Annual statistical returns and brief notes on vaccination in Bengal - 1887-1898
Year: 1887
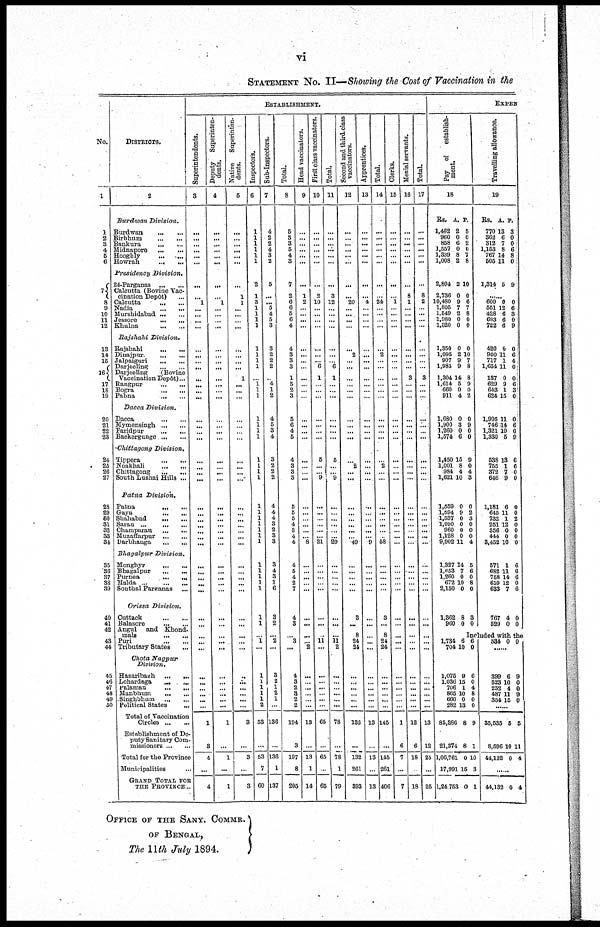
vi
STATEMENT NO. II—Showing the Cost of Vaccination in the
No.
1
1
2
3
4
5
6
7
8
9
10
11
12
13
14
15
16
17
18
19
20
21
22
23
24
25
26
27
28
29
30
31
32
33
34
35
36
37
38
39
40
41
42
43
44
45
46
47
48
49
50
DISTRICTS.
2
Burdwan
Division.
Burdwan
...
...
Birbhum
...
...
Bankura ... ...
Midnapore
...
...
Hoogbly
...
...
Howrah
...
...
Presidency
Division.
24-Parganas
...
...
Calcutta (Bovine Vac-
cination Depôt) ...
Calcutta
...
...
Nadia
...
...
Murshidabad
...
...
Jessore
...
...
Khulna
...
...
Rajshahi
Division.
Rajshahi
...
...
Dinajpur
...
...
Jalpaiguri
...
...
Darjeeling
...
...
Darjeeling
(Bovine
Vaccination Depôt)...
Rangpur
...
...
Bogra
...
...
Pabna
...
...
Dacca
Division.
Dacca
...
...
Mymensingh
...
...
Faridpur
...
...
Baokergunge ... ...
Chittagong
Division.
Tippora ... ...
Noakhali
...
...
Chittagong
...
...
South Lushai Hills ...
Patna
Division.
Patna
...
...
Gaya
...
...
Shahabad
...
...
Saran
...
...
Champuran
...
...
Muzaffarpur
...
...
Darbhanga ... ...
Bhagalpur
Division.
Monghyr
...
...
Bhagalpur ... ...
Purnea
...
...
Malda
...
...
Sonthal Parganas ...
Orissa
Division.
Cuttack
...
...
Balasore
...
...
Angul
and Khond-
mals
...
...
Puri
...
...
Tributary States ...
Chota
Nagpur
Division.
Hazaribagh
...
...
Lohardaga
...
...
Palamau
...
...
Manbhum
...
...
Singhbhum
...
...
Political States ...
Total of Vaccination
Circles
...
...
Establishment of De-
puty Sanitary Com-
missioners ... ...
Total for the Province
Municipalities ...
GRAND TOTAL FOR
THE PROVINCE...
ESTABLISHMENT.
Superintendents.
3
...
...
...
...
...
...
...
...
1
...
...
...
...
...
...
...
...
...
...
...
...
...
...
...
...
...
...
...
...
...
...
...
...
...
...
...
...
...
...
...
...
...
...
...
...
...
...
...
...
...
...
...
1
3
4
...
4
Deputy
Superinten-
dents.
4
...
...
...
...
...
...
...
...
1
...
...
...
...
...
...
...
...
...
...
...
...
...
...
...
...
...
...
...
...
...
...
...
...
...
...
...
...
...
...
...
...
...
...
...
...
...
...
...
...
...
...
...
1
...
1
...
1
Native
Superinten-
dents.
5
...
...
...
...
...
...
...
1
1
...
...
...
...
...
...
...
...
1
...
...
...
...
...
...
...
...
...
...
...
...
...
...
...
...
...
...
...
...
...
...
...
...
...
...
...
...
...
...
...
...
...
...
3
...
3
...
3
Inspectors.
6
...
...
...
...
...
...
2
1
3
1
1
1
1
1
1
1
1
...
1 1
1
1
1
1
1
1
1
1
1
1
1
1
1
1
1
1
1
1
1
1
1
1
1
...
1
...
...
...
...
...
...
2
53
...
53
7
60
Sub-Inspectors.
7
4
2
2
4
3
2
5
...
... 5
4
5
3
3
2
2
2
...
4
1
2
4
5
3
4
3
2
2
2
4
4
4
3
2
3
3
3
4
3
1
6
3
2
...
2
...
3
2
1
2
1
...
136
...
136
1
137
Total.
8
5
3
3
5
4
3
7
2
6
6
5
6
4
4
3
3
3
1
5
2
3
5
6
4
5
4
3
3
3
5
5
5
4
3
4
4
4
5
4
2
7
4
3
...
3
...
4
3
2
3
2
2
194
3
197
8
205
Head vaccinators.
9
...
...
...
...
...
...
...
1
2
...
...
...
...
...
...
...
...
...
...
...
...
...
...
...
...
...
...
...
...
...
...
...
...
...
...
8
...
...
...
...
...
...
...
...
...
2
...
...
...
...
...
...
13
...
13
1
14
First class vaccinators.
10
...
...
...
...
...
...
...
2
10
...
...
...
...
...
...
...
6
1
...
...
...
...
...
...
...
5
...
...
9
...
...
...
...
...
...
21
...
...
...
...
...
...
...
...
11
...
...
...
...
...
...
...
65
...
65
...
65
Total.
11
...
...
...
...
...
...
...
3
12
...
...
...
...
...
...
...
6
1
...
...
...
...
...
...
...
5
...
...
9
...
...
...
...
...
...
29
...
...
...
...
...
...
...
...
11 2
...
...
...
...
...
...
78
...
78
1
79
Second and third class
vaccinators.
12
...
...
...
...
...
...
...
...
20
...
...
...
...
...
2
...
...
...
...
...
...
...
...
...
...
...
2
...
...
...
...
...
...
...
...
49
...
...
...
...
...
3
...
8
24
24
...
...
...
...
...
...
132
...
132
261
393
Apprentices.
13
...
...
...
...
...
...
...
...
4
...
...
...
...
...
...
...
...
...
...
...
...
...
...
...
...
...
...
...
...
...
...
...
...
...
...
9
...
...
...
...
...
...
...
...
...
...
...
...
...
...
...
...
13
...
13
...
13
Total.
14
...
...
...
...
...
...
...
...
24
...
...
...
...
...
2
...
...
...
...
...
...
...
...
...
...
...
2
...
...
...
...
...
...
...
...
58
...
...
...
...
...
3
...
8
24
24
...
...
...
...
...
...
145
...
145
261
406
Clerks.
15
...
...
...
...
...
...
...
...
1
...
...
...
...
...
...
...
...
...
...
...
...
...
...
...
...
...
...
...
...
...
...
...
...
...
...
...
...
...
...
...
...
...
...
...
...
...
...
...
...
...
...
...
1
6
7
...
7
Menial servants.
16
...
...
...
...
...
...
...
8
1
...
...
...
...
...
...
...
...
3
...
...
...
...
...
...
...
...
...
...
...
...
...
...
...
...
...
...
...
...
...
...
...
...
...
...
...
...
...
...
...
...
...
...
12
6
18
...
18
Total.
17
...
...
...
...
...
...
...
8
2
...
...
...
...
...
...
...
...
3
...
...
...
...
...
...
...
...
...
...
...
...
...
...
...
...
...
...
...
...
...
...
...
...
...
...
...
...
...
...
...
...
...
...
13
12
25
...
25
EXPEN
Pay
of
establish-
ment.
18
Rs.
1,462
960
858
1,557
1,339
1,008
A.
2
0
6
0
8
2
P.
5
0
2
0
7
8
2,804
2,736
10,480
1,805
1,549
1,980
1,320
2
0
9
7
2
0
0
10
0
6
7
8
0
0
1,350
1,095
907
1,985
1,304
1,614
660
911
0
2
9
9
14
5
0
4
0
10
7
8
8
9
0
2
1,680
1,900
1,260
1,574
0
3
0
6
0
9
0
0
1,450
1,001
984
1,621
15
8
4
10
9
0
4
3
1,559
1,594
1,537
1,090
960
1,128
9,902
0
9
0
0
0
0
11
0
2
3
0
0
0
4
1,327
1,653
1,260
672
2,150
14
7
0
10
0
5
6
0
8
0
1,362
960
8
0
3
0
Travelling allowance.
19
Rs.
770
362
312
1,153
767
505
A.
13
6
7
8
14
11
P.
3
0
0
6
8
0
1,314 5 9
...
600
551
428
683
722
0
12
6
6
6
0
6
3
0
9
420
900
717
1,654
137
629
643
624
0
11
1
11
0
9
1
15
0
6
4
0
0
6
3
0
1,905
746
1,321
1,330
11
14
10
5
0
6
0
9
538
755
372
646
13
1
7
9
6
6
0
0
1,181
645
732
251
356
444
3,452
6
11
1
12
0
0
10
0
0
2
0
0
0
0
571
682
758
659
633
1
11
14
12
7
6
6
6
0
6
767
529
4
0
0
0
Included with the
1,734
704
6
10
6
0
1,075
1,030
706
865
660
282
85,286
21,374
1,06,761
17,991
1,24,753
9
15
1
10
0
13
8
8
0
15
0
6
0
4
8
0
0
9
1
10
3
1
334 0 0
......
399
523
253
487
354
6
10
4
11
15
9
0
0
9
0
......
35,535
8,596
44,132
5
10
0
5
11
4
......
44,132 0
4
OFFICE OF THE SANY. COMMR.
OF BENGAL,
The 11th July 1894.